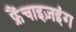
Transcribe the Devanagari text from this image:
फ्रैंचाइज़इंग